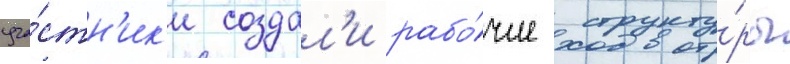
уча́стн'ик'и создал'и рабо́чие структу́ры